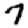
Digit: 7